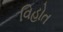
વિહોત